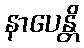
နာပေန္တိ